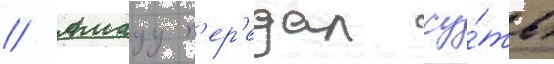
// Амаду п'ер'едал су́ть